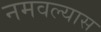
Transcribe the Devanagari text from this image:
नमवल्यास